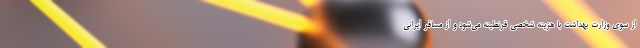
از سوی وزارت بهداشت با هزینه شخصی قرنطینه می‌شود و از مسافر ایرانی